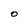
Character: O